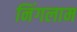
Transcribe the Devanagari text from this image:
निंगलाम